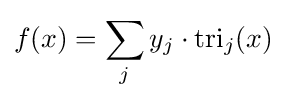
f(x)=\sum _{j}y_{j}\cdot \operatorname {tri} _{j}(x)